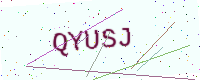
Text: QYUSJ